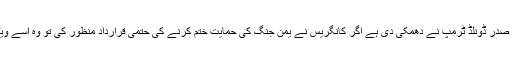
دوسری جانب صدر ڈونلڈ ٹرمپ نے دھمکی دی ہے اگر کانگریس نے یمن جنگ کی حمایت ختم کرنے کی حتمی قرارداد منظور کی تو وہ اسے ویٹو کردیں گے۔